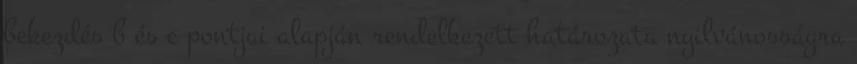
bekezdés b és c pontjai alapján rendelkezett határozata nyilvánosságra